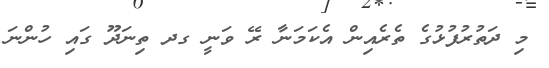
މި ދަތުރުފުޅުގެ ތެރެއިން އެކަމަނާ ރޭ ވަނީ ގދ ތިނަދޫ ގައި ހުންނަ